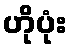
ဟိုပုံး